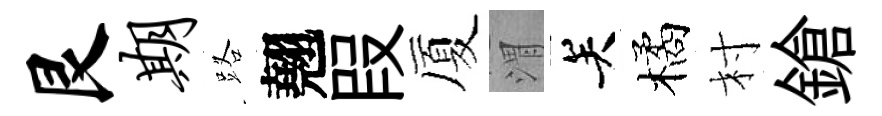
艮期路翹叚厦渭关橘村鎗